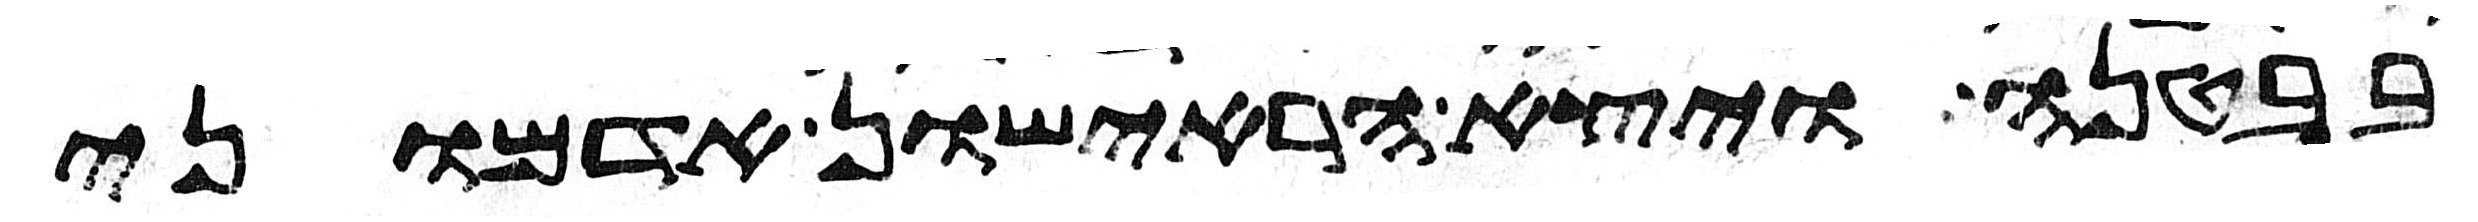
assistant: בבטנה ויצא הראישון אדמוני